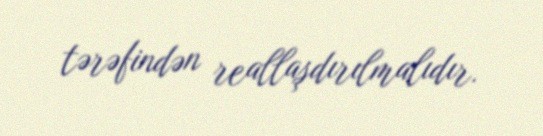
tərəfindən reallaşdırılmalıdır.